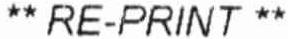
** RE-PRINT **